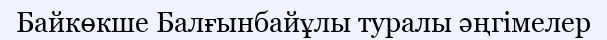
Байкөкше Балғынбайұлы туралы әңгімелер